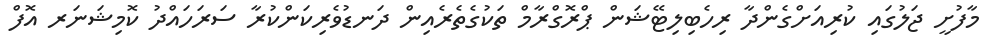
މާފުށީ ޖަލުގައި ކުރިއަށްގެންދާ ރިހެބިލިޓޭޝަން ޕްރޮގްރާމް ތަކުގެތެރެއިން ދަނޑުވެރިކަންކުރާ ސަރަހައްދު ކޮމިޝަނަރ އޮފް